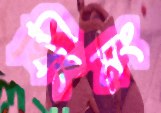
খিংমং